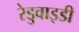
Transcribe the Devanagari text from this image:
रेडुवाइडी